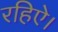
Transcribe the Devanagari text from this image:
रहिऐ।